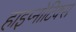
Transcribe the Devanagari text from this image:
हाइप्नोटिक्स